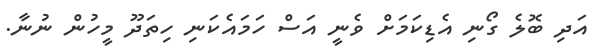
އަދި ބޮލެ ގޯނި އެޑިކަމަށް ވެނީ އަސް ހަމައެކަނި ހިތަދޫ މީހުން ނުނާ.